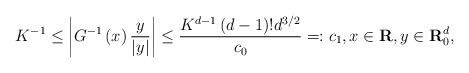
LaTeX: \begin{align*}K^{-1}\leq \left\vert G^{-1}\left( x\right) \frac{y}{\left\vert y\right\vert }\right\vert \leq \frac{K^{d-1}\left( d-1\right) !{d}^{3/2}}{c_{0}}=:c_{1},x\in \mathbf{R},y\in \mathbf{R}_{0}^{d}, \end{align*}